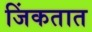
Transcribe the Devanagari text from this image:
जिंकतात